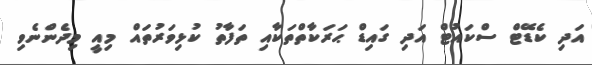
އަދި ކެޑޭޓް ސްކައުޓް އަދި ގައިޑް ޙަރަކާތްތަކާއި ތަފާތު ކުޅިވަރުތައް މިއީ މިދެންނެވި